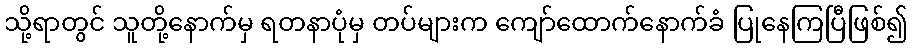
သို့ရာတွင် သူတို့နောက်မှ ရတနာပုံမှ တပ်များက ကျော်ထောက်နောက်ခံ ပြုနေကြပြီဖြစ်၍